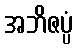
အဘိဇပ္ပံ